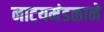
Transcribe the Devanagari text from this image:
नाटयमंडळाने